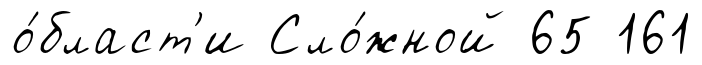
о́бласт'и Сло́жной 65 161